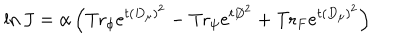
\ln J = \alpha \left( \mathrm { T r } _ { \phi } e ^ { t ( D _ { \mu } ) ^ { 2 } } - \mathrm { T r } _ { \psi } e ^ { t { \not D } ^ { 2 } } + \mathrm { T r } _ { F } e ^ { t ( D _ { \mu } ) ^ { 2 } } \right)